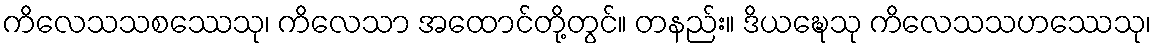
ကိလေသသစဿေသု၊ ကိလေသာ အထောင်တို့တွင်။ တနည်း။ ဒိယဍ္ဎေသု ကိလေသသဟဿေသု၊